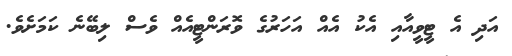
އަދި އެ ޓީވީއާއި އެކު އެއް އަހަރުގެ ވޮރަންޓީއެއް ވެސް ލިބޭނެ ކަމަށެވެ.